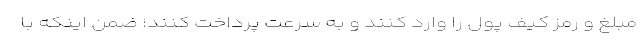
مبلغ و رمز کیف پول را وارد کنند و به سرعت پرداخت کنند؛ ضمن اینکه با